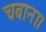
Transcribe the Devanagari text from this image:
चबाना।